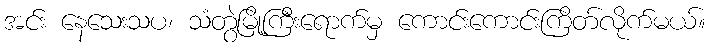
အင်း နေသေးသပ၊ သံတွဲမြို့ကြီးရောက်မှ ကောင်းကောင်းကြိတ်လိုက်မယ်။